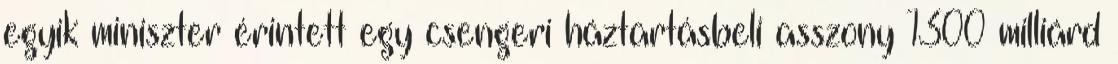
egyik miniszter érintett egy csengeri háztartásbeli asszony 1300 milliárd